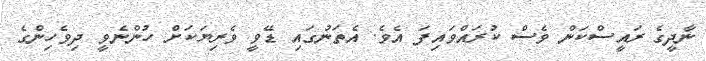
ނާދީގެ ރައީސްކަން ވެސް ކުރައްވައިފަ އެވެ. އެތަނުގައި ޑޭވީ ވެރިޔަކަށް ހުންނެވީ ދިވެހިންގެ